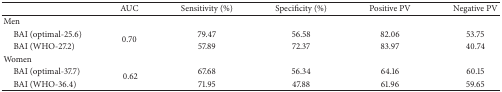
<table><thead><tr><td><b> </b></td><td><b>AUC</b></td><td><b>Sensitivity (%)</b></td><td><b>Specificity (%)</b></td><td><b>Positive PV</b></td><td><b>Negative PV</b></td></tr></thead><tbody><tr><td>Men </td><td> </td><td> </td><td> </td><td> </td><td> </td></tr><tr><td> BAI (optimal-25.6)</td><td rowspan="2">0.70</td><td>79.47</td><td>56.58</td><td>82.06</td><td>53.75</td></tr><tr><td> BAI (WHO-27.2)</td><td>57.89</td><td>72.37</td><td>83.97</td><td>40.74</td></tr><tr><td>Women </td><td> </td><td> </td><td> </td><td> </td><td> </td></tr><tr><td> BAI (optimal-37.7)</td><td rowspan="2"> 0.62</td><td>67.68</td><td>56.34</td><td>64.16</td><td>60.15</td></tr><tr><td> BAI (WHO-36.4)</td><td>71.95</td><td>47.88</td><td>61.96</td><td>59.65</td></tr></tbody></table>